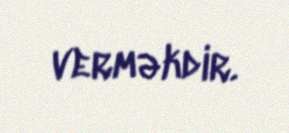
verməkdir.